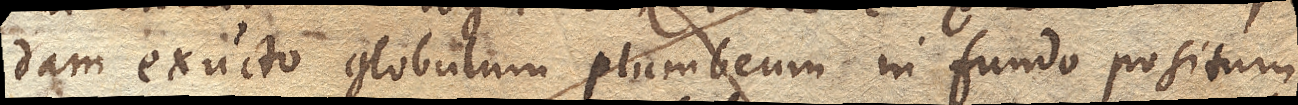
dam exucto globulum plumbeum in fundo positum